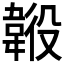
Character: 𩎶